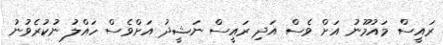
ރައީސް މައުމޫނު އަށް ވެސް އަދި ރައީސް ނަޝީދު އަށްވެސް ހައްލު ނުކުރެވުނު